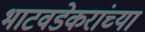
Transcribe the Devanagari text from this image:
भाटवडेकरांच्या